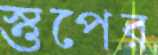
স্তুপের